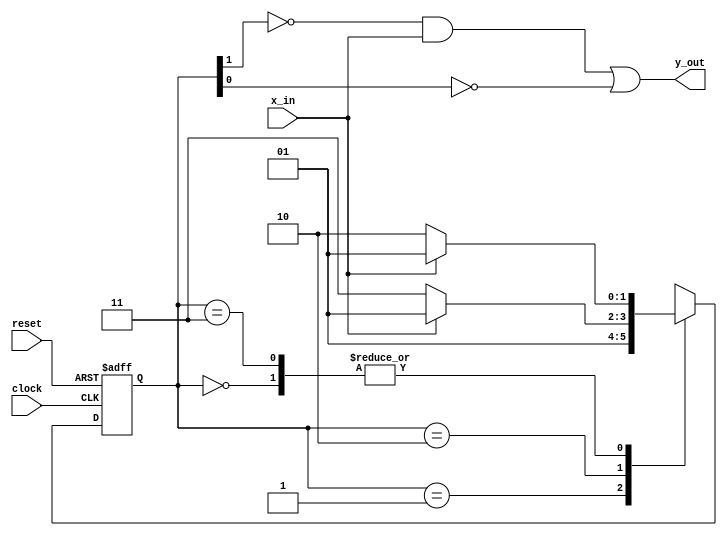
module problem4(
  output   y_out, 
  input x_in, clock, reset
);
  reg [1:0]state;
  parameter	S0=2'b00,S1=2'b01,S2=2'b10,S3=2'b11;

 always@(posedge clock,negedge reset)
   if (reset==0) state<=S0;
   else case(state)
     S0:if(x_in) state<=S1;  else state<=S2;
     S1:if(x_in) state<=S1;  else state<=S1;
     S2:if(x_in) state<=S1;  else state<=S3;
     S3:if(x_in) state<=S1;  else state<=S2;
   endcase 	
   assign y_out=((~state[1])&x_in)|(~state[0]);
endmodule